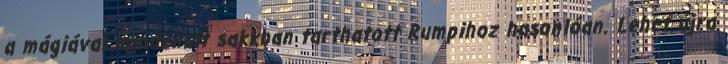
a mágiával mindenkit sakkban tarthatott Rumpihoz hasonlóan. Lehet újra